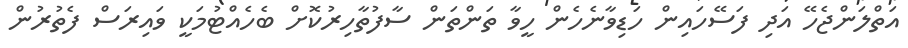
އަތްލަންޖެހޭ އަދި ފަސޭހައިން ހަޑިވާނެހެން ހީވާ ތަންތަން ސާފުތާހިރުކޮށް ބެހެއްޓުމަކީ ވައިރަސް ފެތުރުން